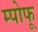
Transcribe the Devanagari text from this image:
म्पोफू